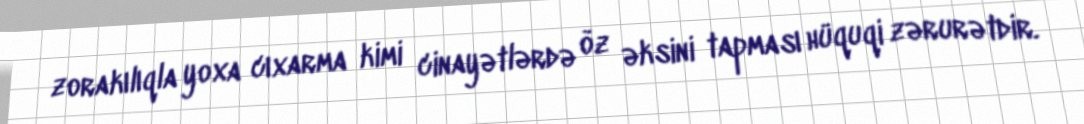
zorakılıqla yoxa cıxarma kimi cinayətlərdə öz əksini tapması hüquqi zərurətdir.